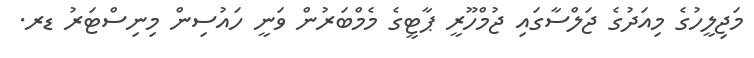
މަޖިލީހުގެ މިއަދުގެ ޖަލްސާގައި ޖުމްހޫރީ ޕާޓީގެ މެމްބަރުން ވަނީ ހައުސިން މިނިސްޓަރު ޑރ.